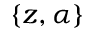
\{ z , \alpha \}